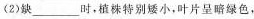
(2)缺___时，植株特别矮小，叶片呈暗绿色，